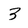
Character: 3